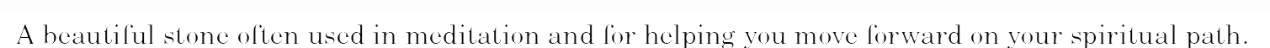
A beautiful stone often used in meditation and for helping you move forward on your spiritual path.